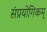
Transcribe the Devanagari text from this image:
संप्रयोगिकम्